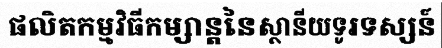
ផលិតកម្មវិធីកម្សាន្តនៃស្ថានីយទូរទស្សន៍